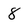
Character: 8